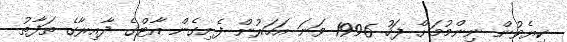
ކިޔެވުން ނިންމުމަށް ފަހު 1996 ވަނަ އަހަރުން ފެށިގެން އާޓްގެ ދާއިރާގެ ތަފާތު